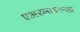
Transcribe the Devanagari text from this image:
एअरलाइनन्ला